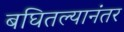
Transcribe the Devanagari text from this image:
बघितल्यानंतर